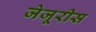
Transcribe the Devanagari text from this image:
जेजूरीस